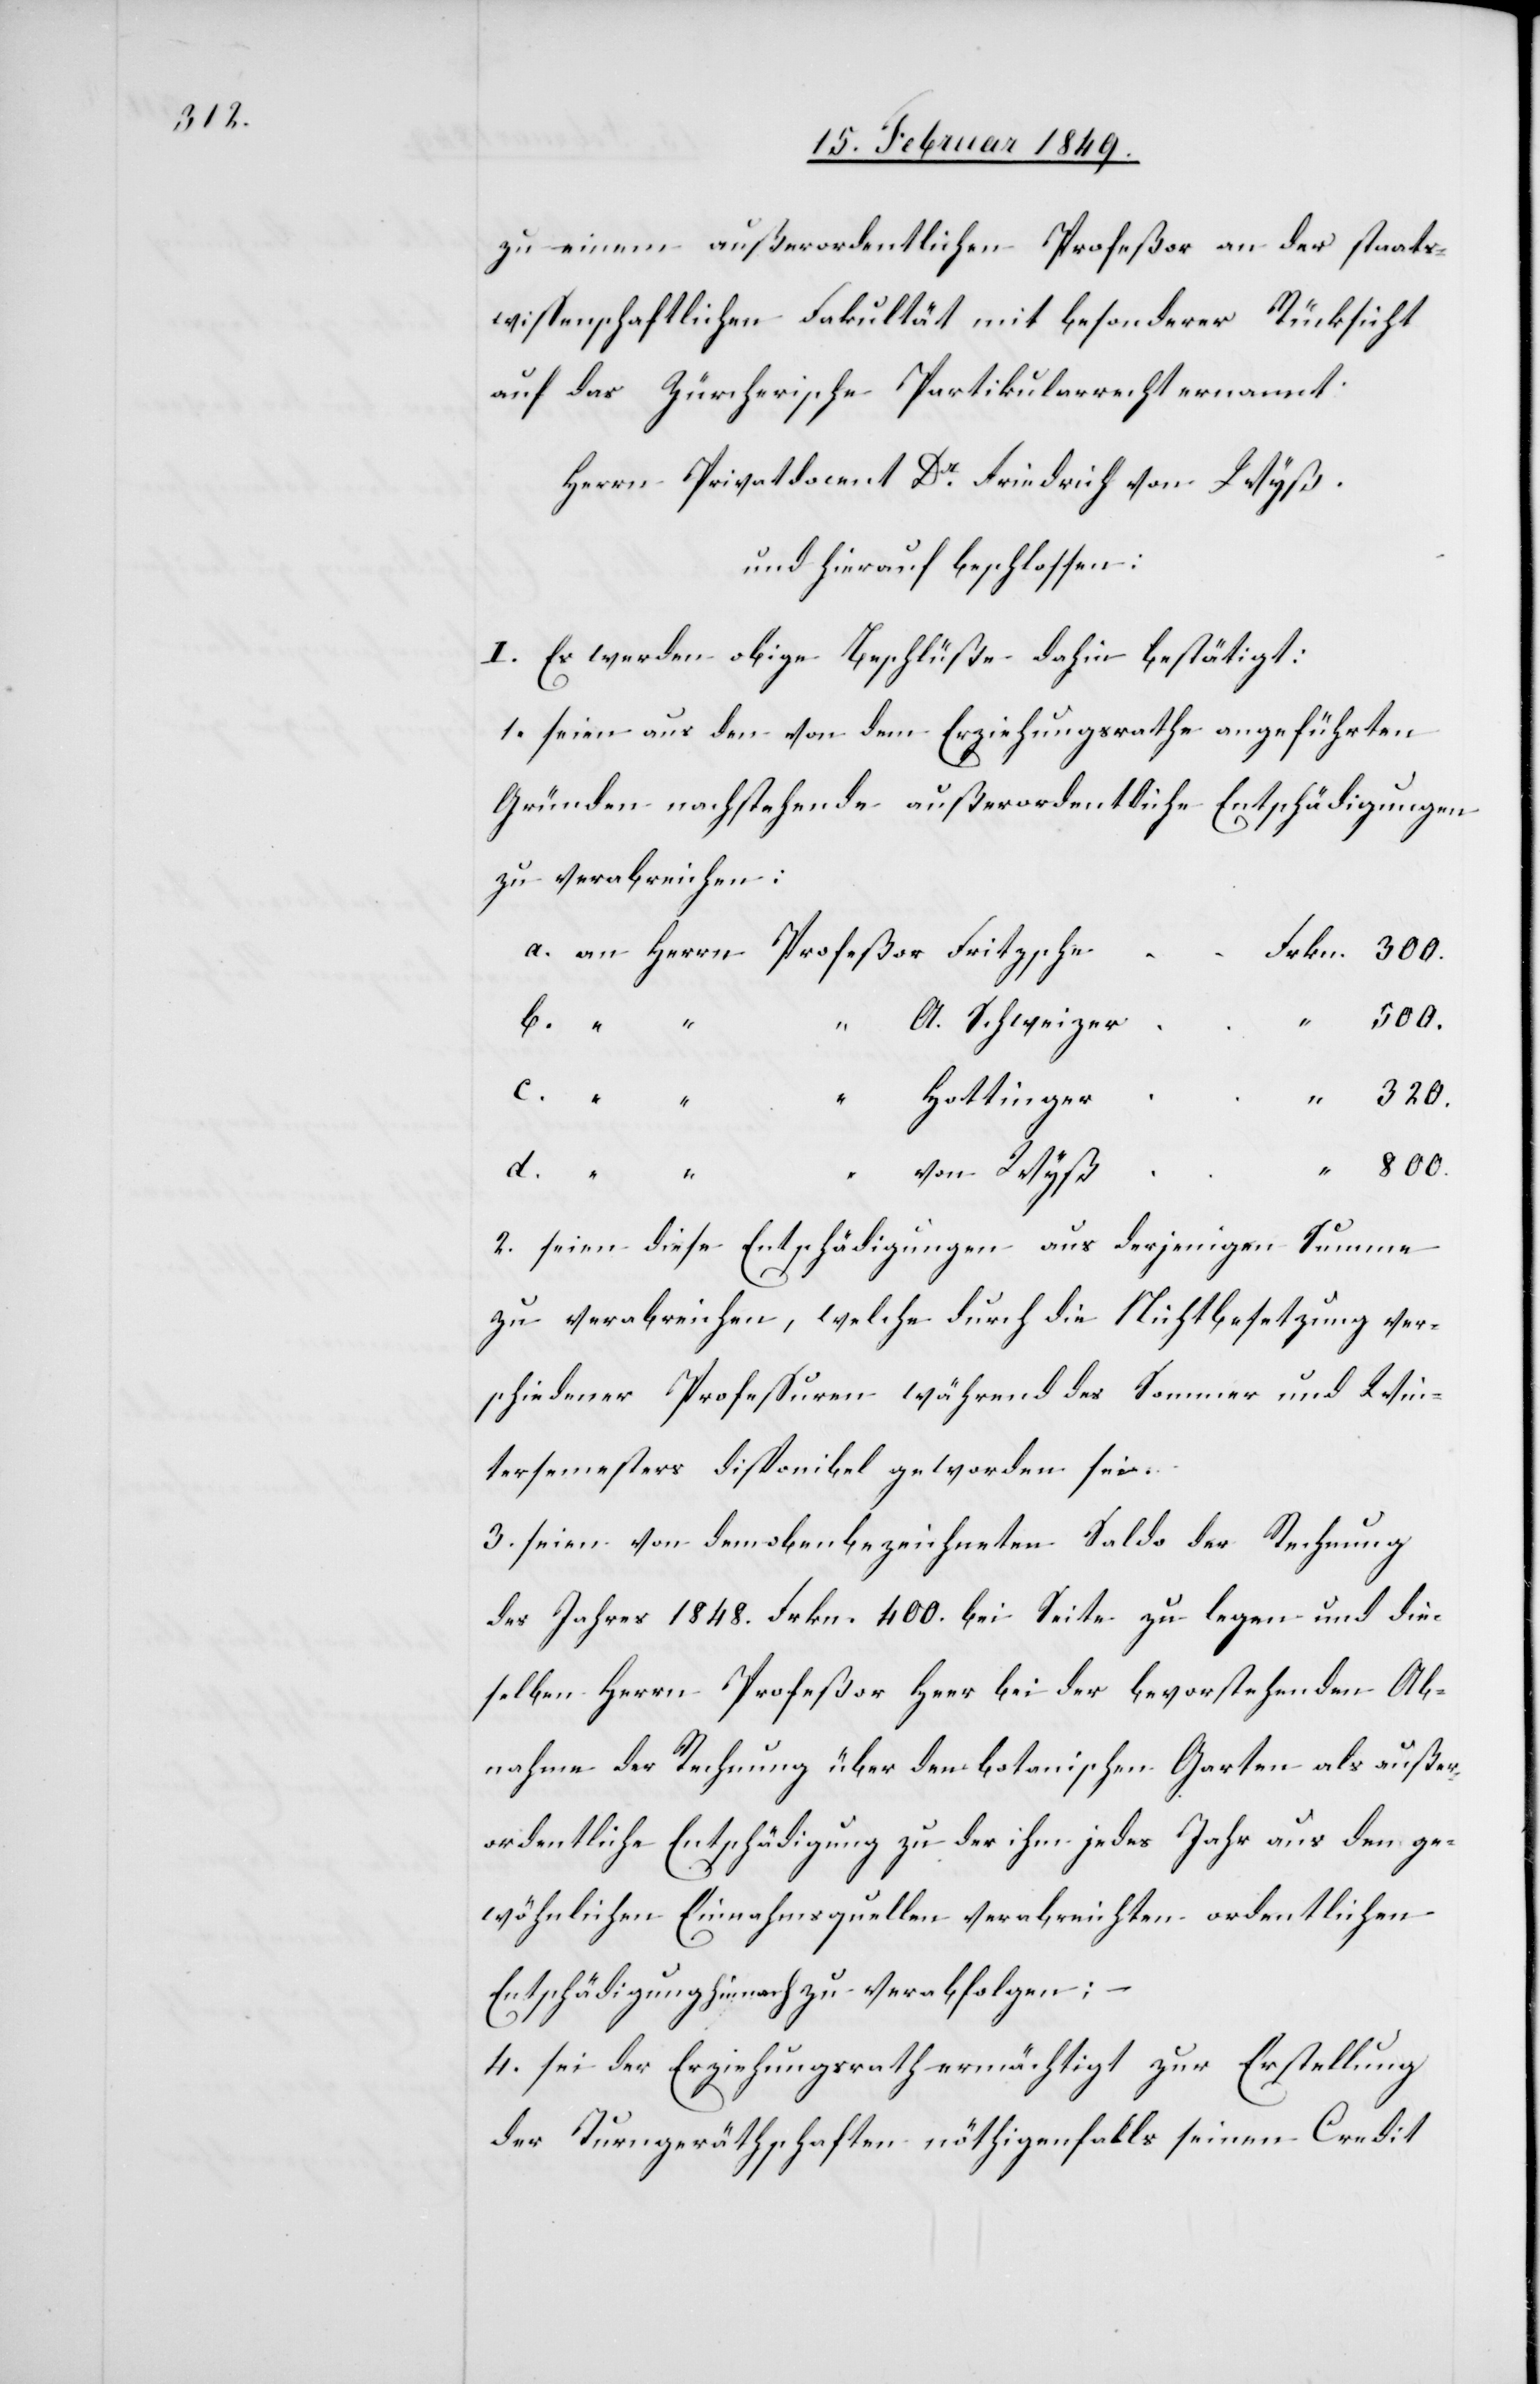
zu einem außerordentlichen Profeßor an der staats¬
wissenschaftlichen Fakultät mit besonderer Rücksicht
auf das Zürcherische Partikularrecht ernannt:
Herrn Privatdocent Dr. Friedrich von Wyß.
und hierauf beschlossen:
I. Es werden obige Beschlüsse dahin bestätigt:
1. seien aus den von dem Erziehungsrathe angeführten
Gründen nachstehende außerordentliche Entschädigungen
zu verabreichen:
a. an Herrn Profeßor Fritzsche
Frkn. 300.
800.
“ A. Schweizer
c. “ “ “ Hottinger
d.
“ von Wyß
2. seien diese Entschädigungen aus derjenigen Summe
zu verabreichen, welche durch die Nichtbesetzung ver¬
schiedener Professuren während des Sommer[-] und Win¬
tersemesters disponibel geworden sei.
3. seien von dem oben bezeichneten Saldo der Rechnung
des Jahres 1848. Frkn. 400. bei Seite zu legen und die¬
selben Herrn Profeßor Heer bei der bevorstehenden Ab¬
nahme der Rechnung über den botanischen Garten als außer¬
ordentliche Entschädigung zu der ihm jedes Jahr aus den ge¬
wöhnlichen Einnahmsquellen verabreichten ordentlichen
Entschädigung hienach zu verabfolgen;
4. sei der Erziehungsrath ermächtigt zur Erstellung
der Turngeräthschaften nöthigenfalls seinen Credit